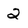
Character: 2